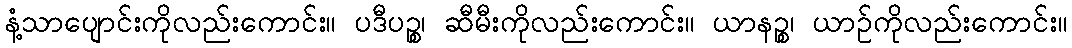
နံ့သာပျောင်းကိုလည်းကောင်း။ ပဒီပဉ္စ၊ ဆီမီးကိုလည်းကောင်း။ ယာနဉ္စ၊ ယာဉ်ကိုလည်းကောင်း။